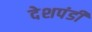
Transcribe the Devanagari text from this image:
देशपंडी